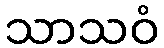
သာသဝံ